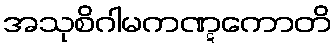
အသုစိဂါမကဏ္ဋကောတိ